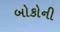
બોકોની